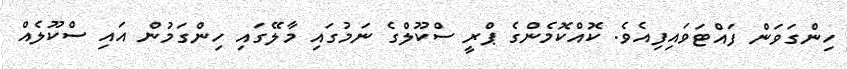
ހިންގަވަން ފައްޓަވައިފިއެވެ. ކޮއްކޮމެންގެ ޕްރީ ސްކޫލްގެ ނަމުގައި މާލޭގައި ހިންގަމުން އައި ސްކޫލެއް